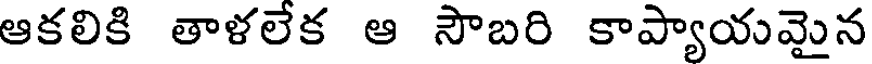
ఆకలికి తాళలేక ఆ సౌబరి కాప్యాయమైన